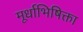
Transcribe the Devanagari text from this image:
मूर्धाभिषिक्ता